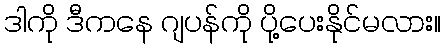
ဒါကို ဒီကနေ ဂျပန်ကို ပို့ပေးနိုင်မလား။